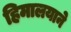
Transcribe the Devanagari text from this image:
हिमालयाने